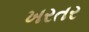
ખરતર